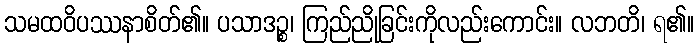
သမထဝိပဿနာစိတ်၏။ ပသာဒဉ္စ၊ ကြည်ညိုခြင်းကိုလည်းကောင်း။ လဘတိ၊ ရ၏။